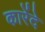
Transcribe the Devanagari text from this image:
कारेंदे